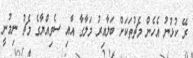
ރޭ ކުޅުނު އެހެން މެޗުތަކަށް ބަލާއިރު މަލާގާ އާއި ސެވިއްޔާގެ މެޗު ނިމުނީ